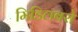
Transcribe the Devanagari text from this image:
मिडिलबरो